Report on vaccination North-West Frontier Province 1904-1922 - 1904-1922
Year: 1904
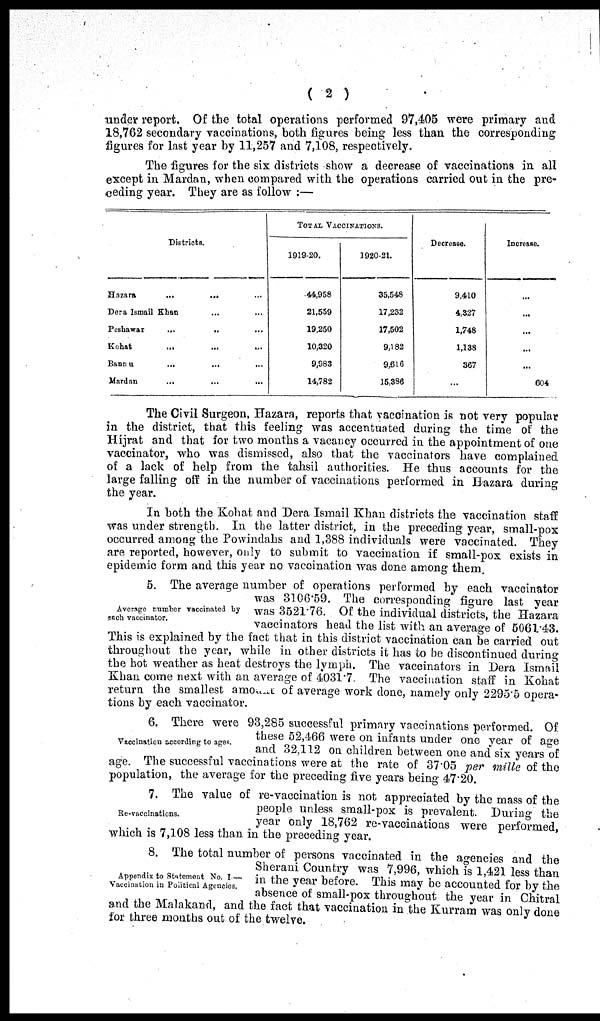
( 2 )
under report. Of the total operations performed 97,405 were primary and
18,762 secondary vaccinations, both figures being less than the corresponding
figures for last year by 11,257 and 7,108, respectively.
The figures for the six districts show a decrease of vaccinations in all
except in Mardan, when compared with the operations carried out in the pre-
ceding year. They are as follow :—
Districts.
Hazara
...
... ...
Dera Ismail Khan ... ...
Peshawar ... ... ...
Kohat ... ... ...
Bannu
... ... ...
Mardan ... ... ...
TOTAL VACCINATIONS.
1919-20.
44,958
21,559
19,250
10,320
9,983
14,782
1920-21.
35,548
17,232
17,502
9,182
9,616
15,386
Decrease.
9,410
4,327
1,748
1,138
367
...
Increase.
...
...
...
...
...
604
The Civil Surgeon. Hazara, reports that vaccination is not very popular
in the district, that this feeling was accentuated during the time of the
Hijrat and that for two months a vacancy occurred in the appointment of one
vaccinator, who was dismissed, also that the vaccinators have complained
of a lack of help from the tahsil authorities. He thus accounts for the
large falling off in the number of vaccinations performed in Hazara during
the year.
In both the Kohat and Dera Ismail Khan districts the vaccination staff
was under strength. In the latter district, in the preceding year, small-pox
occurred among the Powindahs and 1,388 individuals were vaccinated. They
are reported, however, only to submit to vaccination if small-pox exists in
epidemic form and this year no vaccination was done among them
Average number vaccinated by
each vaccinator.
5. The average number of operations performed by each vaccinator
was 3106.59. The corresponding figure last year
was 3521.76. Of the individual districts, the Hazara
vaccinators head the list with an average of 5061.43.
This is explained by the fact that in this district vaccination can be carried out
throughout the year, while in other districts it has to be discontinued during
the hot weather as heat destroys the lymph. The vaccinators in Dera Ismail
Khan come next with an average of 4031.7. The vaccination staff in Kohat
return the smallest amount of average work done, namely only 2295.5 opera-
tions by each vaccinator.
Vaccination according to ages.
6. There were 93,285 successful primary vaccinations performed. Of
these 52,466 were on infants under one year of age
and 32,112 on children between one and six years of
age. The successful vaccinations were at the rate of 37.05 per mille of the
population, the average for the preceding five years being 47.20.
Re-vaccinations.
7. The value of re-vaccination is not appreciated by the mass of the
people unless small-pox is prevalent. During the
year only 18,762 re-vaccinations were performed,
which is 7,108 less than in the preceding year.
Appendix to Statement No. I —
Vaccination in Political Agencies.
8. The total number of persons vaccinated in the agencies and the
Sherani Country was 7,996, which is 1,421 less than
in the year before. This may be accounted for by the
absence of small-pox throughout the year in Chitral
and the Malakand, and the fact that vaccination in the Kurram was only done
for three months out of the twelve.